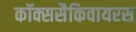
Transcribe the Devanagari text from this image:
कॉक्ससैकिवायरस